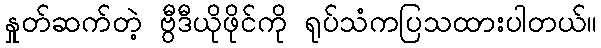
နှုတ်ဆက်တဲ့ ဗွီဒီယိုဖိုင်ကို ရုပ်သံကပြသထားပါတယ်။